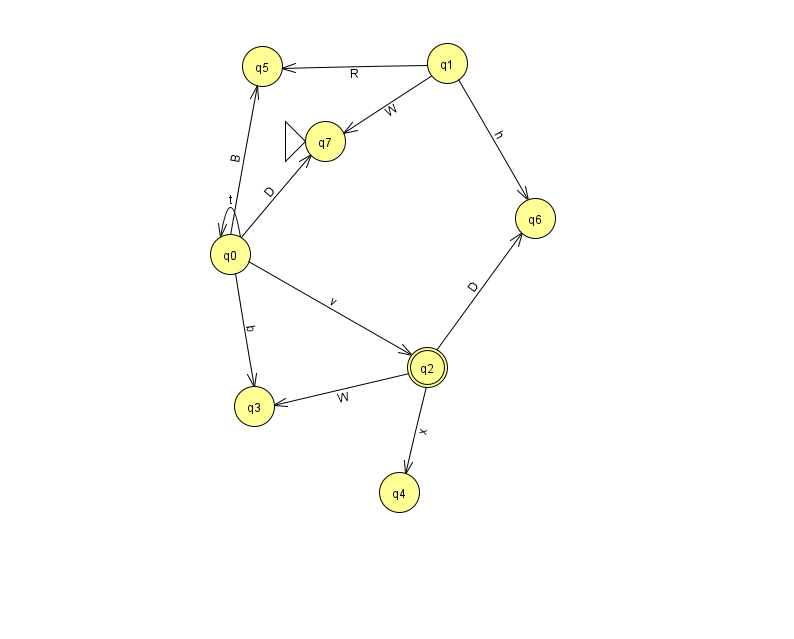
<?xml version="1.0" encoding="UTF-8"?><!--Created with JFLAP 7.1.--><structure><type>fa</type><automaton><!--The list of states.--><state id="0" name="q0"><x>230.0</x><y>241.0</y></state><state id="1" name="q1"><x>447.0</x><y>50.0</y></state><state id="2" name="q2"><x>427.0</x><y>354.0</y><final/></state><state id="3" name="q3"><x>254.0</x><y>393.0</y></state><state id="4" name="q4"><x>399.0</x><y>479.0</y></state><state id="5" name="q5"><x>262.0</x><y>53.0</y></state><state id="6" name="q6"><x>535.0</x><y>205.0</y></state><state id="7" name="q7"><x>325.0</x><y>128.0</y><initial/></state><!--The list of transitions.--><transition><from>2</from><to>3</to><read>W</read></transition><transition><from>2</from><to>4</to><read>x</read></transition><transition><from>0</from><to>0</to><read>t</read></transition><transition><from>0</from><to>3</to><read>b</read></transition><transition><from>1</from><to>5</to><read>R</read></transition><transition><from>0</from><to>2</to><read>v</read></transition><transition><from>0</from><to>5</to><read>B</read></transition><transition><from>1</from><to>6</to><read>h</read></transition><transition><from>0</from><to>7</to><read>D</read></transition><transition><from>1</from><to>7</to><read>W</read></transition><transition><from>2</from><to>6</to><read>D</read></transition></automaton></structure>